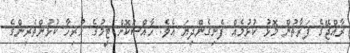
ރާއްޖޭގެ ފަރާތުން މޮޅު ކުޅުމެއް ފެނިގެންދިޔަ އެވެ. ހާއްސަކޮށް ޓީމުގެ ހުރިހާ ކުޅުންތެރިންގެ